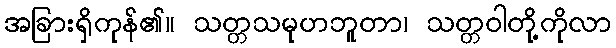
အခြားရှိကုန်၏။ သတ္တသမုဟဘူတာ၊ သတ္တဝါတို့ကိုလာ